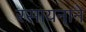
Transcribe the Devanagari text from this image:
रसायनाने